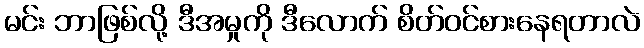
မင်း ဘာဖြစ်လို့ ဒီအမှုကို ဒီလောက် စိတ်ဝင်စားနေရတာလဲ